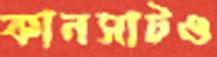
কানসাটও